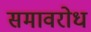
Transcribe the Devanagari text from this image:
समावरोध